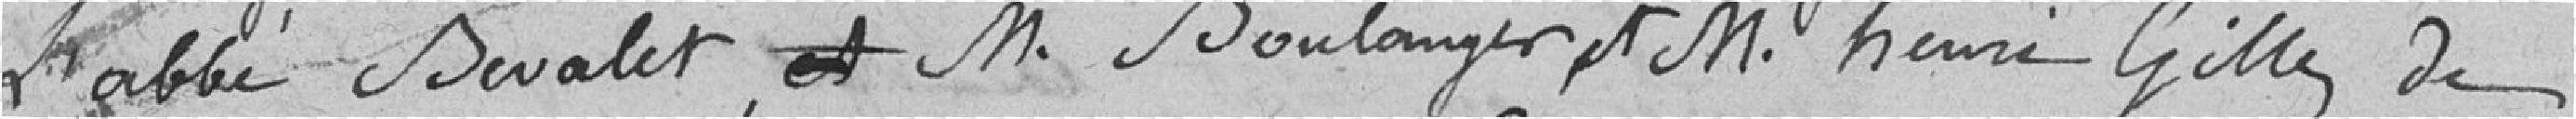
l'abbé Bevalet , monsieur Boulanger et monsieur Henri Gilles de,